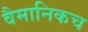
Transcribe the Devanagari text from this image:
वैमानिकच